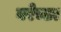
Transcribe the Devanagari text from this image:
वरेच्छा